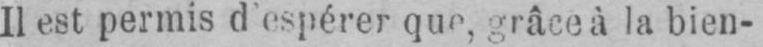
Il est permis d’espérer que, grâce à la bien-